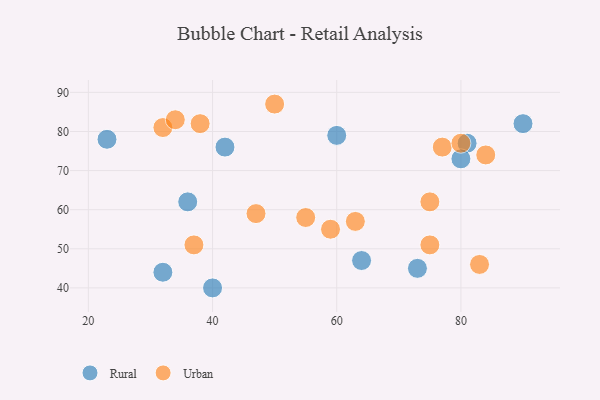
{"axis": {"x": "GDP", "y": "Life Expectancy"}, "legend": ["Rural", "Urban"], "data": [{"x": "90", "y": 82, "type": "Rural"}, {"x": "23", "y": 78, "type": "Rural"}, {"x": "42", "y": 76, "type": "Rural"}, {"x": "81", "y": 77, "type": "Rural"}, {"x": "80", "y": 73, "type": "Rural"}, {"x": "60", "y": 79, "type": "Rural"}, {"x": "32", "y": 44, "type": "Rural"}, {"x": "36", "y": 62, "type": "Rural"}, {"x": "73", "y": 45, "type": "Rural"}, {"x": "40", "y": 40, "type": "Rural"}, {"x": "64", "y": 47, "type": "Rural"}, {"x": "84", "y": 74, "type": "Urban"}, {"x": "32", "y": 81, "type": "Urban"}, {"x": "34", "y": 83, "type": "Urban"}, {"x": "38", "y": 82, "type": "Urban"}, {"x": "77", "y": 76, "type": "Urban"}, {"x": "75", "y": 62, "type": "Urban"}, {"x": "55", "y": 58, "type": "Urban"}, {"x": "80", "y": 77, "type": "Urban"}, {"x": "50", "y": 87, "type": "Urban"}, {"x": "47", "y": 59, "type": "Urban"}, {"x": "63", "y": 57, "type": "Urban"}, {"x": "83", "y": 46, "type": "Urban"}, {"x": "59", "y": 55, "type": "Urban"}, {"x": "75", "y": 51, "type": "Urban"}, {"x": "37", "y": 51, "type": "Urban"}]}